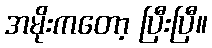
အမိုးကတော့ ပြီးပြီ။